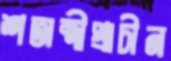
শতাব্দীপ্রাচীন